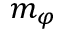
m _ { \varphi }